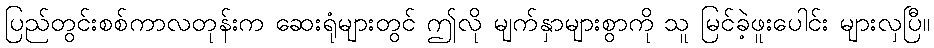
ပြည်တွင်းစစ်ကာလတုန်းက ဆေးရုံများတွင် ဤလို မျက်နှာများစွာကို သူ မြင်ခဲ့ဖူးပေါင်း များလှပြီ။